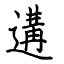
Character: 遘